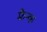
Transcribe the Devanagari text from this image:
फ़्रैन्क